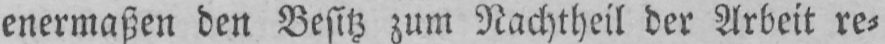
enermaßen den Besitz zum Nachtheil der Arbeit re⸗